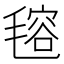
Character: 𣯔